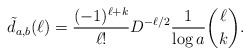
\begin{align*} \tilde{d}_{a,b}(\ell)=\frac{(-1)^{\ell+k}}{\ell!}D^{-\ell/2}\frac{1}{\log a}\binom{\ell}{k}.\end{align*}